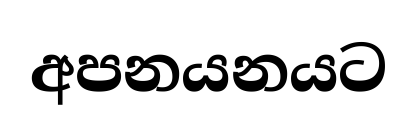
අපනයනයට